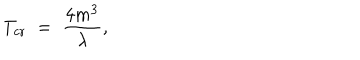
T _ { \mathrm { c r } } \; = \; \frac { 4 m ^ { 3 } } { \lambda } ,